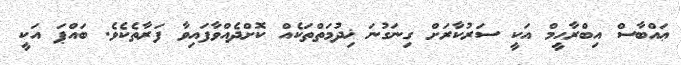
ޢައްބާސް އިބްރާހީމް އަކީ ސަރުކާރަށް ގިނަގުނަ ޚިދުމަތްތަކެއް ކޮށްދެއްވާފައިވާ ފަރާތެކެވެ. ބައްޕަ އަކީ